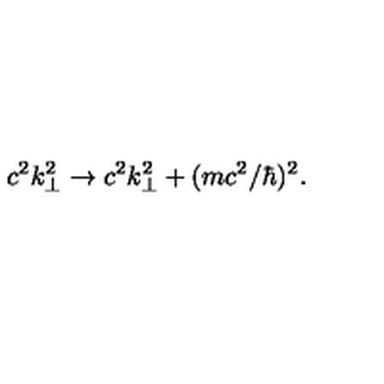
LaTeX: c ^ { 2 } k _ { \perp } ^ { 2 } \to c ^ { 2 } k _ { \perp } ^ { 2 } + ( m c ^ { 2 } / \hbar ) ^ { 2 } .